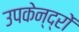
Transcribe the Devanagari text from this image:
उपकेन्द्रों